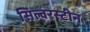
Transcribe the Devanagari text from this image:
सिल्वरस्टीन